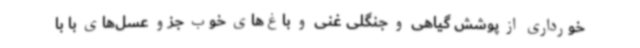
خورداری از پوشش گیاهی و جنگلی غنی و باغ‌های خوب جزو عسل‌های با با